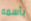
بأسمه